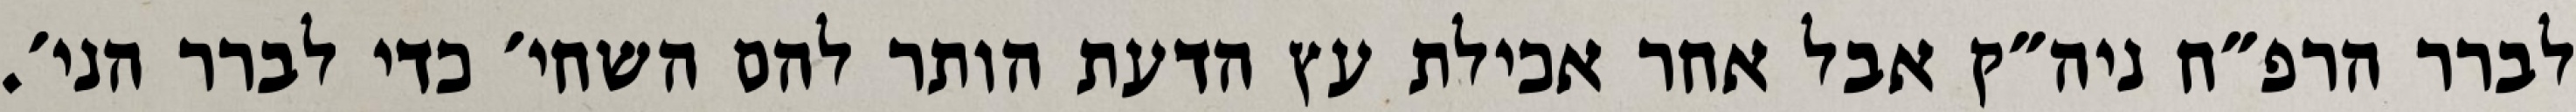
לברר הרפ״ח ניה״ק אבל אחר אכילת עץ הדעת הותר להם השחי׳ כדי לברר הני׳.